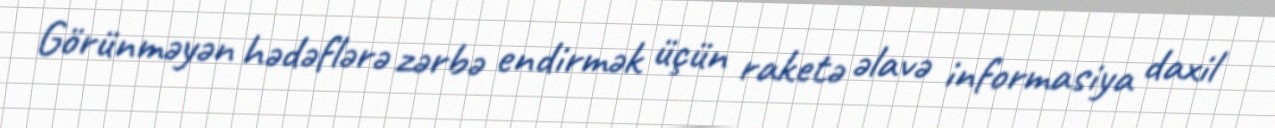
Görünməyən hədəflərə zərbə endirmək üçün raketə əlavə informasiya daxil